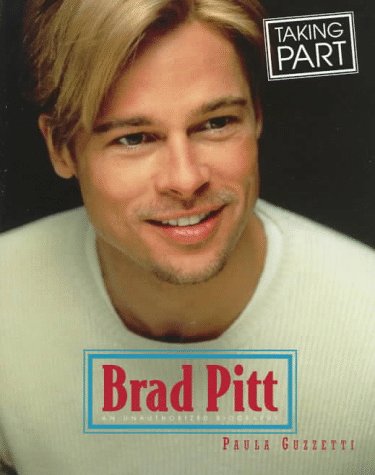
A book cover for Brad Pitt (Taking Part Books); Paula Guzzetti; Teen & Young Adult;